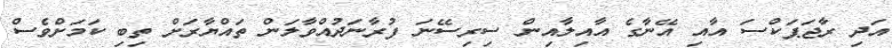
އަދި ރާޖަޕަކްސަ އާއި އޭނާގެ އާއިލާއިން ސިރިސޭނަ ފުރާނަދުއްވާލަން ތައްޔާރަށް ތިބި ކަމަށްވެސް